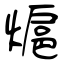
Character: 熩